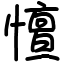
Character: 憻